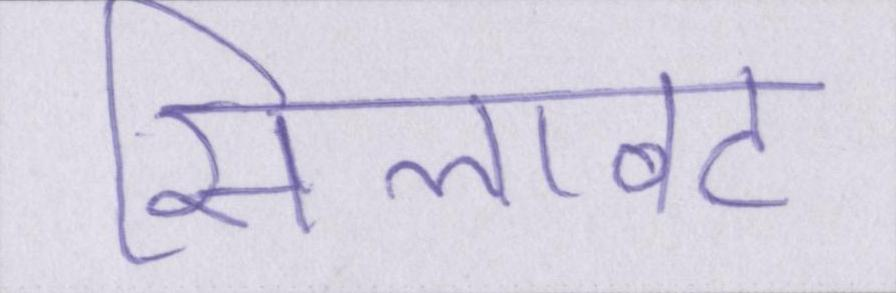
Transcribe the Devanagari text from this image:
सिलावट